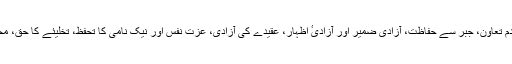
نیکی میں باہمی تعاون، بدی کے کاموں میں عدم تعاون، جبر سے حفاظت، آزادی ضمیر اور آزادیٴ اظہار، عقیدے کی آزادی، عزت نفس اور نیک نامی کا تحفظ، تخلیئے کا حق، محنت کے مطابق ملکیت اور محنت کا معاوضہ۔